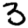
Digit: 3